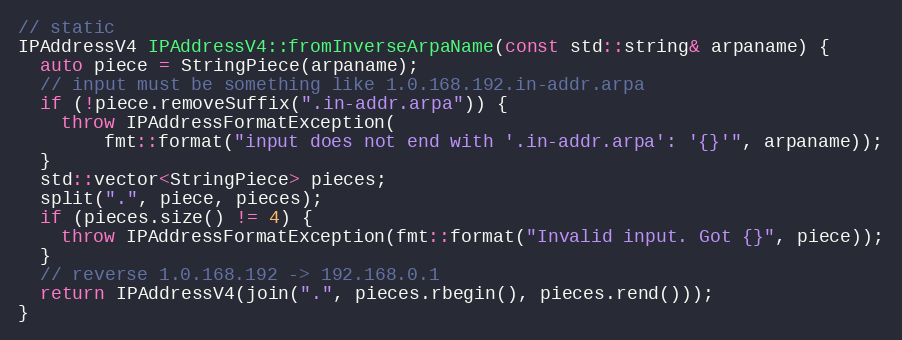
Language: C++
// static
IPAddressV4 IPAddressV4::fromInverseArpaName(const std::string& arpaname) {
  auto piece = StringPiece(arpaname);
  // input must be something like 1.0.168.192.in-addr.arpa
  if (!piece.removeSuffix(".in-addr.arpa")) {
    throw IPAddressFormatException(
        fmt::format("input does not end with '.in-addr.arpa': '{}'", arpaname));
  }
  std::vector<StringPiece> pieces;
  split(".", piece, pieces);
  if (pieces.size() != 4) {
    throw IPAddressFormatException(fmt::format("Invalid input. Got {}", piece));
  }
  // reverse 1.0.168.192 -> 192.168.0.1
  return IPAddressV4(join(".", pieces.rbegin(), pieces.rend()));
}